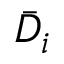
\bar { D } _ { i }